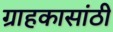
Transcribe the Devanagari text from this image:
ग्राहकासांठी